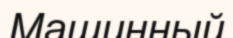
Машинный